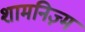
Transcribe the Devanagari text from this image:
शामनिज़्म